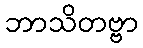
ဘာသိတဗ္ဗာ